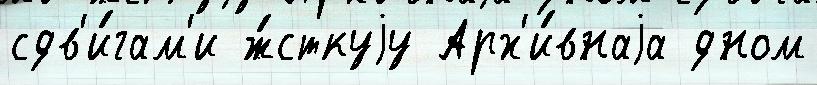
сдв'и́гам'и ж́сткуjу Арх'и́внаjа дном